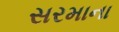
સરમાના